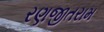
રણજીતરામ